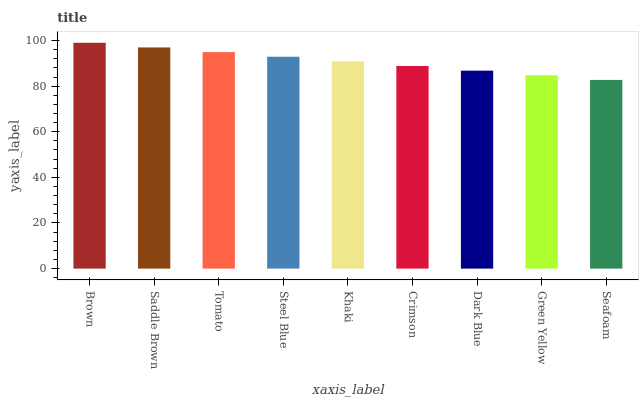
| xaxis_label | bars |
 | --- | --- |
 | Brown | 99 |
 | Saddle Brown | 97 |
 | Tomato | 94.9 |
 | Steel Blue | 92.9 |
 | Khaki | 90.9 |
 | Crimson | 88.8 |
 | Dark Blue | 86.8 |
 | Green Yellow | 84.8 |
 | Seafoam | 82.7 |